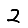
Digit: 2